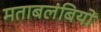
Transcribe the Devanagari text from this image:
मताबलंबियों